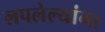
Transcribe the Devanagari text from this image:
लपलेल्‍यांना